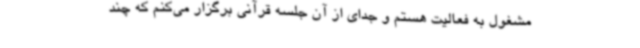
مشغول به فعالیت هستم و جدای از آن جلسه‌ قرآنی برگزار می‌کنم که چند